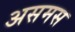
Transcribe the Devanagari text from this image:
असमस